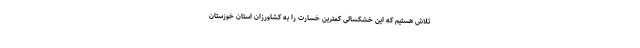
تلاش هستیم که این خشکسالی کمترین خسارت را به کشاورزان استان خوزستان